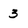
Character: 3